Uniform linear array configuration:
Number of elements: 4
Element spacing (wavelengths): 0.75
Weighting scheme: hamming
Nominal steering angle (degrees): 45
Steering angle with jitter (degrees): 45.653
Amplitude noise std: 0.05
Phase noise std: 0.05

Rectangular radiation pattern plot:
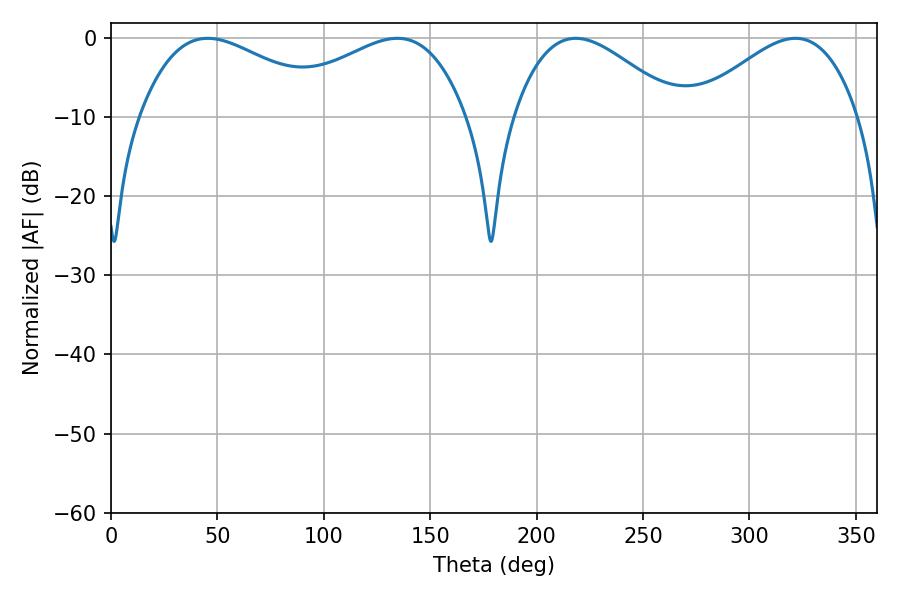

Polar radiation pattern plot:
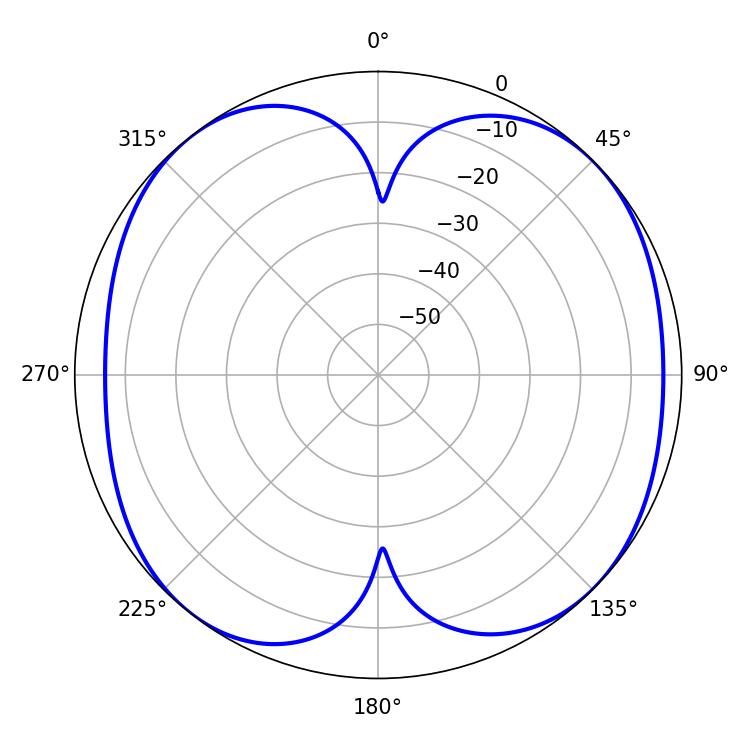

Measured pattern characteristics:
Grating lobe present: TRUE
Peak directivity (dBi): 9.829
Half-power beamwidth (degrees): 41.76
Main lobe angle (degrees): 218.34